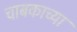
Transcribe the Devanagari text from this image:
चाबकाच्या